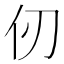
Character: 仞